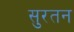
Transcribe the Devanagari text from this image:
सुरतन